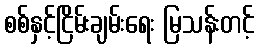
စစ်နှင့်ငြိမ်းချမ်းရေး မြသန်းတင့်